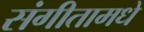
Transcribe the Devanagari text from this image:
संगीतामधे